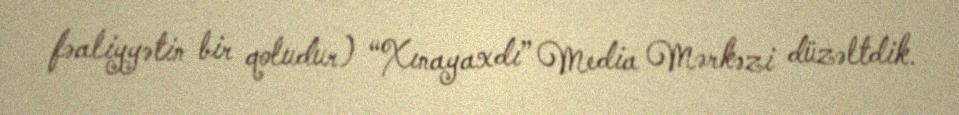
fəaliyyətin bir qoludur) “Xınayaxdı” Media Mərkəzi düzəltdik.